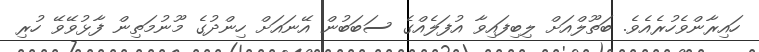
ހައިރާންވެހުރެއެވެ. ބަތޫލްއަށް ލިބިފައިވާ އުފަލެއްގެ ސަބަބުން އޭނައަށް ހިންދުގެ މޫނުމަތިން ފާޅުވޭވޭ ހުރި